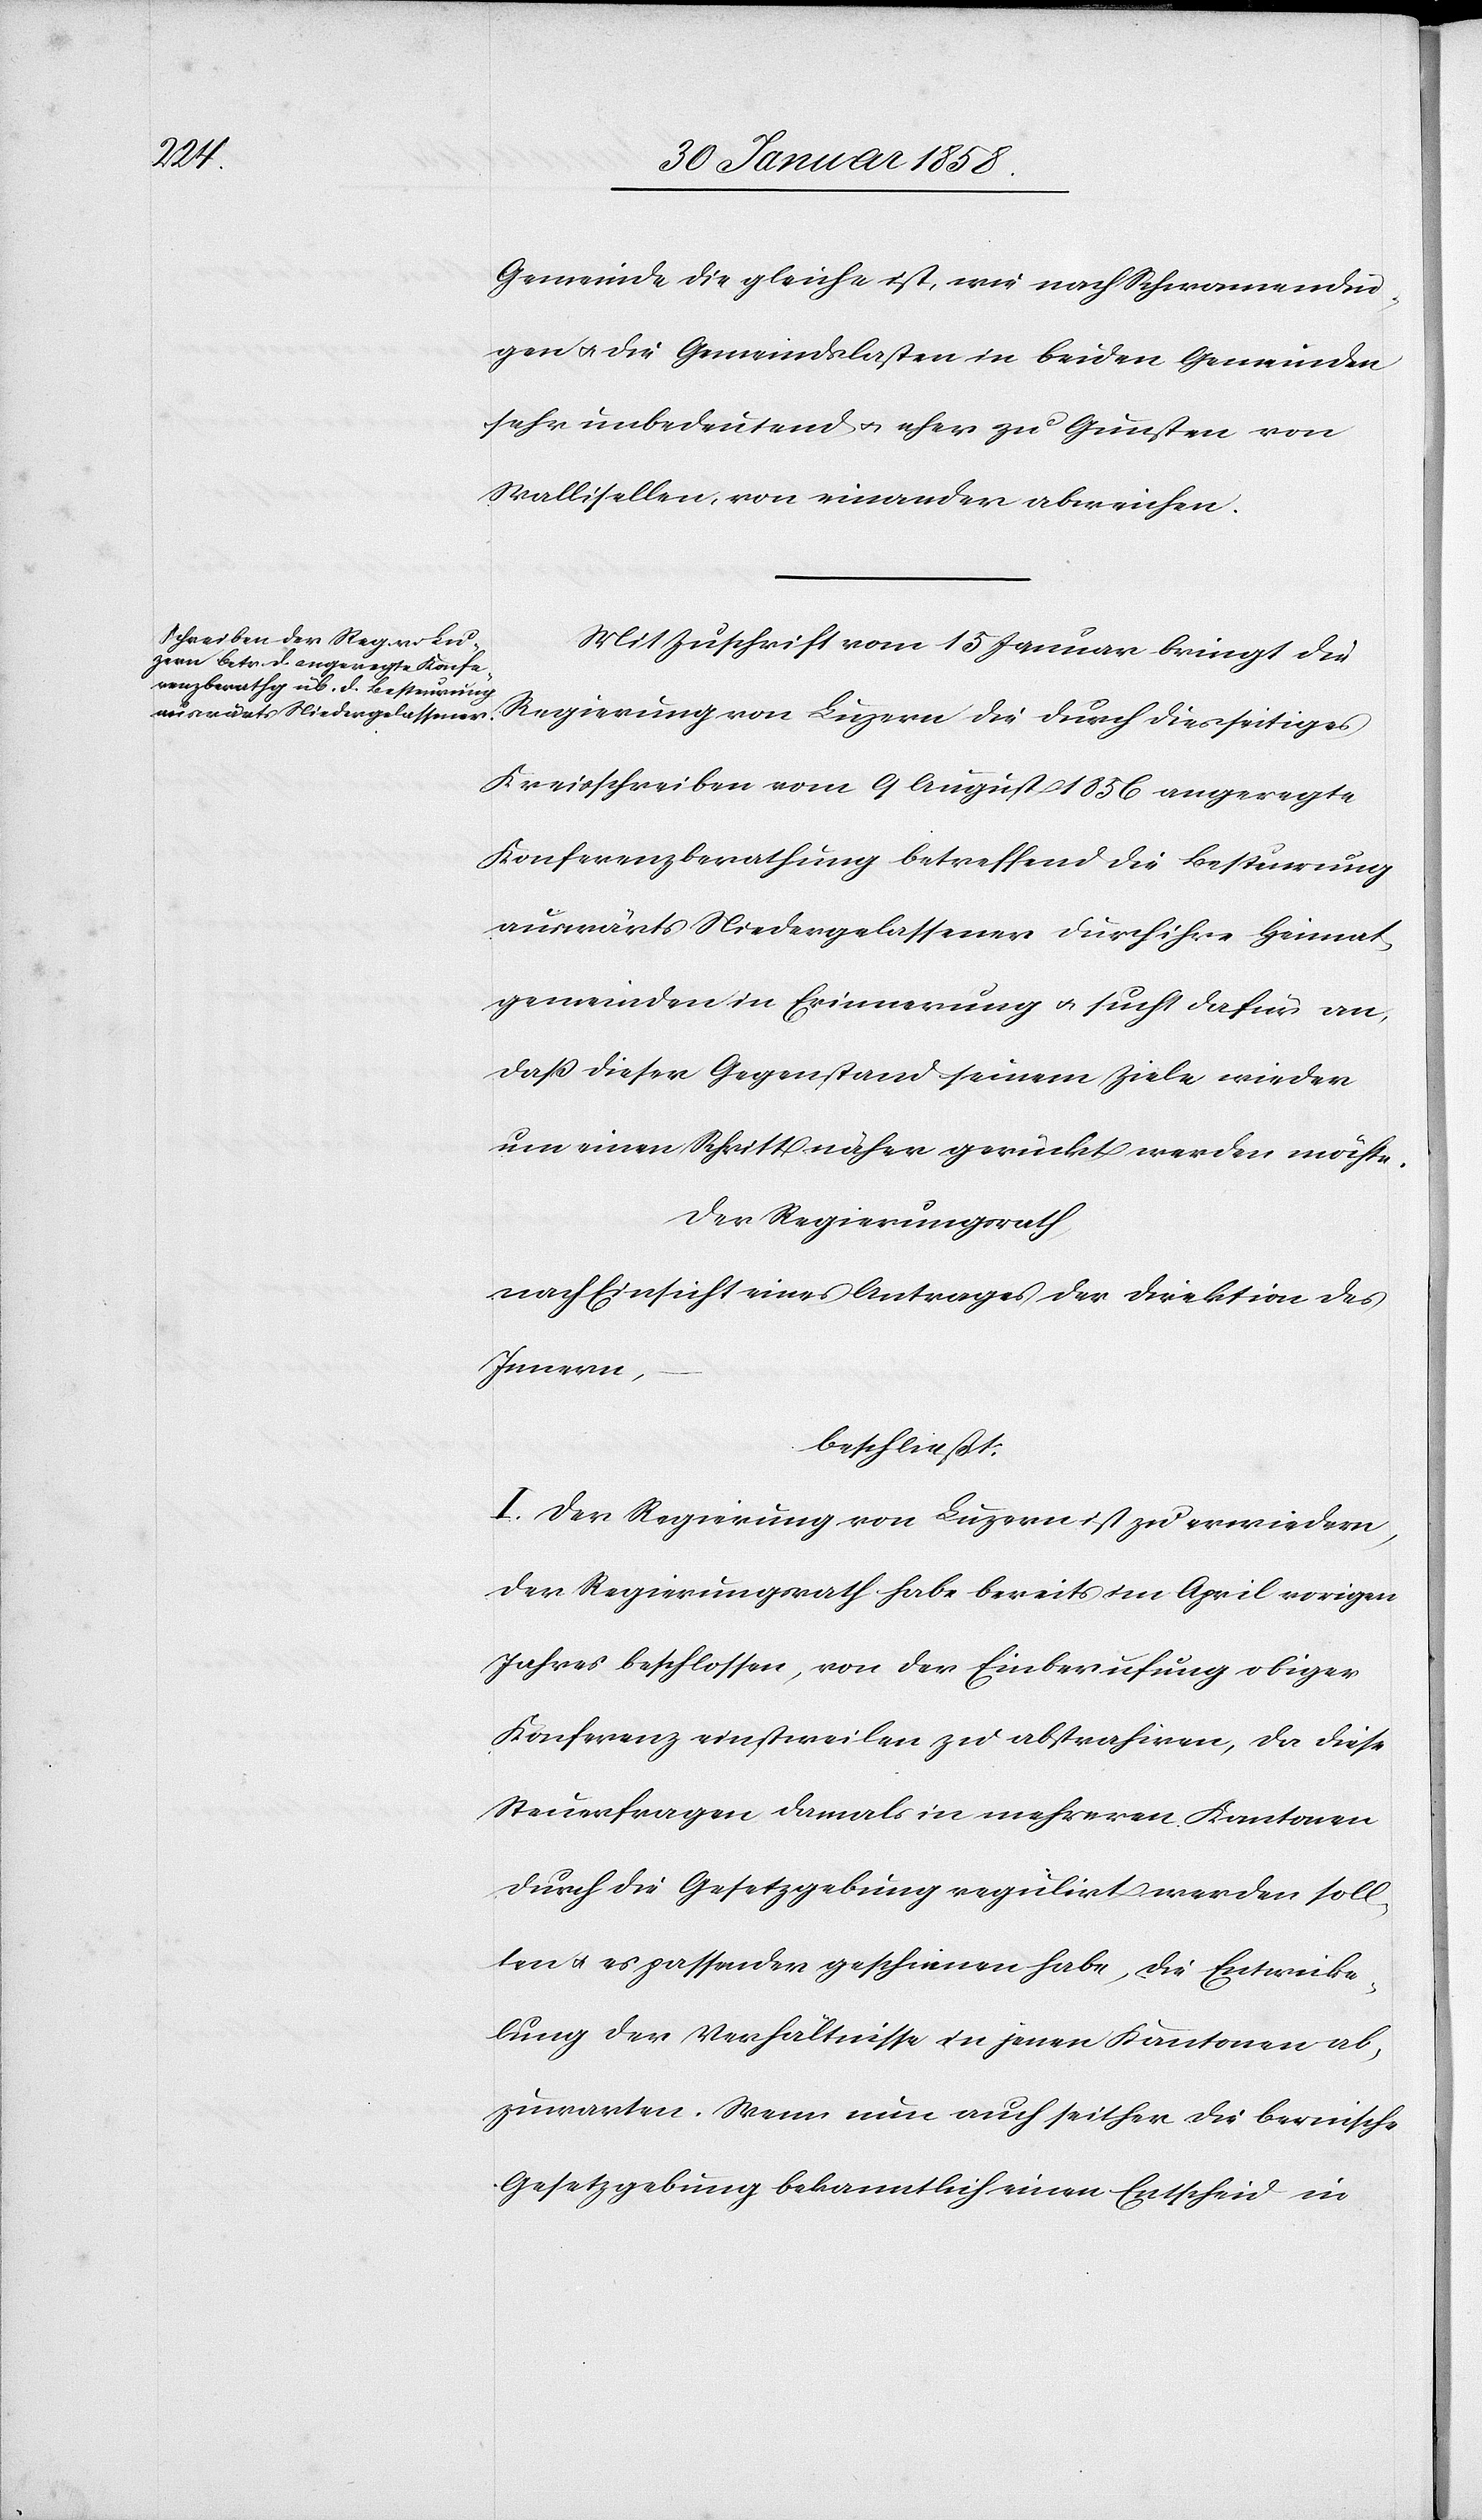
Gemeinde die gleiche ist, wie nach Schwamendin¬
gen u. die Gemeindslasten in beiden Gemeinden
sehr unbedeutend u. eher zu Gunsten von
Wallisellen, von einander abweichen.
Mit Zuschrift vom 15 Januar bringt die
Regierung von Luzern die durch diesseitiges
Kreisschreiben vom 9 August 1856 angeregte
Konferenzberathung betreffend die Besteurung
auswärts Niedergelassener durch ihre Heimat¬
gmeinden in Erinnerung u. sucht dafür an,
daß dieser Gegenstand seinem Ziele wieder
um einen Schritt näher gerückt werden möchte.
Der Regierungsrath,
nach Einsicht eines Antrages der Direktion des
Innern,
beschließt:
I. Der Regierung von Luzern ist zu erwiedern,
der Regierungsrath habe bereits im April vorigen
Jahres beschlossen, von der Einberufung obiger
Konferenz einstweilen zu abstrahiren, da diese
Steuerfragen damals in mehreren Kantonen
durch die Gesetzgebung regulirt werden soll¬
ten u. es passender geschienen habe, die Entwicke¬
lung der Verhältnisse in jenen Kantonen ab¬
zuwarten. Wenn nun auch seither die bernische
Gesetzgebung bekanntlich einen Entscheid in